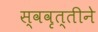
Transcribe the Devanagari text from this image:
स्ववृत्तीने